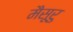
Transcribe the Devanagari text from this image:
मैसूरु